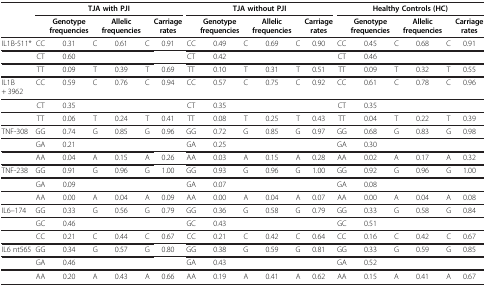
<table><thead><tr><td><b> </b></td><td colspan="6"><b>TJA with PJI</b></td><td colspan="6"><b>TJA without PJI</b></td><td colspan="6"><b>Healthy Controls (HC)</b></td></tr><tr><td><b> </b></td><td><b> </b></td><td><b>Genotype frequencies</b></td><td><b> </b></td><td><b>Allelic frequencies</b></td><td><b> </b></td><td><b>Carriage rates</b></td><td><b> </b></td><td><b>Genotype frequencies</b></td><td><b> </b></td><td><b>Allelic frequencies</b></td><td><b> </b></td><td><b>Carriage rates</b></td><td><b> </b></td><td><b>Genotype frequencies</b></td><td><b> </b></td><td><b>Allelic frequencies</b></td><td><b> </b></td><td><b>Carriage rates</b></td></tr></thead><tbody><tr><td>IL1B-511*</td><td>CC</td><td>0.31</td><td>C</td><td>0.61</td><td>C</td><td>0.91</td><td>CC</td><td>0.49</td><td>C</td><td>0.69</td><td>C</td><td>0.90</td><td>CC</td><td>0.45</td><td>C</td><td>0.68</td><td>C</td><td>0.91</td></tr><tr><td> </td><td>CT</td><td>0.60</td><td> </td><td> </td><td> </td><td> </td><td>CT</td><td>0.42</td><td> </td><td> </td><td> </td><td> </td><td>CT</td><td>0.46</td><td> </td><td> </td><td> </td><td> </td></tr><tr><td> </td><td>TT</td><td>0.09</td><td>T</td><td>0.39</td><td>T</td><td>0.69</td><td>TT</td><td>0.10</td><td>T</td><td>0.31</td><td>T</td><td>0.51</td><td>TT</td><td>0.09</td><td>T</td><td>0.32</td><td>T</td><td>0.55</td></tr><tr><td>IL1B+ 3962</td><td>CC</td><td>0.59</td><td>C</td><td>0.76</td><td>C</td><td>0.94</td><td>CC</td><td>0.57</td><td>C</td><td>0.75</td><td>C</td><td>0.92</td><td>CC</td><td>0.61</td><td>C</td><td>0.78</td><td>C</td><td>0.96</td></tr><tr><td> </td><td>CT</td><td>0.35</td><td> </td><td> </td><td> </td><td> </td><td>CT</td><td>0.35</td><td> </td><td> </td><td> </td><td> </td><td>CT</td><td>0.35</td><td> </td><td> </td><td> </td><td> </td></tr><tr><td> </td><td>TT</td><td>0.06</td><td>T</td><td>0.24</td><td>T</td><td>0.41</td><td>TT</td><td>0.08</td><td>T</td><td>0.25</td><td>T</td><td>0.43</td><td>TT</td><td>0.04</td><td>T</td><td>0.22</td><td>T</td><td>0.39</td></tr><tr><td>TNF-308</td><td>GG</td><td>0.74</td><td>G</td><td>0.85</td><td>G</td><td>0.96</td><td>GG</td><td>0.72</td><td>G</td><td>0.85</td><td>G</td><td>0.97</td><td>GG</td><td>0.68</td><td>G</td><td>0.83</td><td>G</td><td>0.98</td></tr><tr><td> </td><td>GA</td><td>0.21</td><td> </td><td> </td><td> </td><td> </td><td>GA</td><td>0.25</td><td> </td><td> </td><td> </td><td> </td><td>GA</td><td>0.30</td><td> </td><td> </td><td> </td><td> </td></tr><tr><td> </td><td>AA</td><td>0.04</td><td>A</td><td>0.15</td><td>A</td><td>0.26</td><td>AA</td><td>0.03</td><td>A</td><td>0.15</td><td>A</td><td>0.28</td><td>AA</td><td>0.02</td><td>A</td><td>0.17</td><td>A</td><td>0.32</td></tr><tr><td>TNF-238</td><td>GG</td><td>0.91</td><td>G</td><td>0.96</td><td>G</td><td>1.00</td><td>GG</td><td>0.93</td><td>G</td><td>0.96</td><td>G</td><td>1.00</td><td>GG</td><td>0.92</td><td>G</td><td>0.96</td><td>G</td><td>1.00</td></tr><tr><td> </td><td>GA</td><td>0.09</td><td> </td><td> </td><td> </td><td> </td><td>GA</td><td>0.07</td><td> </td><td> </td><td> </td><td> </td><td>GA</td><td>0.08</td><td> </td><td> </td><td> </td><td> </td></tr><tr><td> </td><td>AA</td><td>0.00</td><td>A</td><td>0.04</td><td>A</td><td>0.09</td><td>AA</td><td>0.00</td><td>A</td><td>0.04</td><td>A</td><td>0.07</td><td>AA</td><td>0.00</td><td>A</td><td>0.04</td><td>A</td><td>0.08</td></tr><tr><td>IL6–174</td><td>GG</td><td>0.33</td><td>G</td><td>0.56</td><td>G</td><td>0.79</td><td>GG</td><td>0.36</td><td>G</td><td>0.58</td><td>G</td><td>0.79</td><td>GG</td><td>0.33</td><td>G</td><td>0.58</td><td>G</td><td>0.84</td></tr><tr><td> </td><td>GC</td><td>0.46</td><td> </td><td> </td><td> </td><td> </td><td>GC</td><td>0.43</td><td> </td><td> </td><td> </td><td> </td><td>GC</td><td>0.51</td><td> </td><td> </td><td> </td><td> </td></tr><tr><td> </td><td>CC</td><td>0.21</td><td>C</td><td>0.44</td><td>C</td><td>0.67</td><td>CC</td><td>0.21</td><td>C</td><td>0.42</td><td>C</td><td>0.64</td><td>CC</td><td>0.16</td><td>C</td><td>0.42</td><td>C</td><td>0.67</td></tr><tr><td>IL6 nt565</td><td>GG</td><td>0.34</td><td>G</td><td>0.57</td><td>G</td><td>0.80</td><td>GG</td><td>0.38</td><td>G</td><td>0.59</td><td>G</td><td>0.81</td><td>GG</td><td>0.33</td><td>G</td><td>0.59</td><td>G</td><td>0.85</td></tr><tr><td> </td><td>GA</td><td>0.46</td><td> </td><td> </td><td> </td><td> </td><td>GA</td><td>0.43</td><td> </td><td> </td><td> </td><td> </td><td>GA</td><td>0.52</td><td> </td><td> </td><td> </td><td> </td></tr><tr><td> </td><td>AA</td><td>0.20</td><td>A</td><td>0.43</td><td>A</td><td>0.66</td><td>AA</td><td>0.19</td><td>A</td><td>0.41</td><td>A</td><td>0.62</td><td>AA</td><td>0.15</td><td>A</td><td>0.41</td><td>A</td><td>0.67</td></tr></tbody></table>